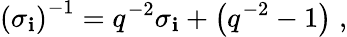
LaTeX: \left(\sigma_{\mathbf{i}}\right)^{-1}=q^{-2}\sigma_{\mathbf{i}}+\left(q^{-2}-1\right)\; ,